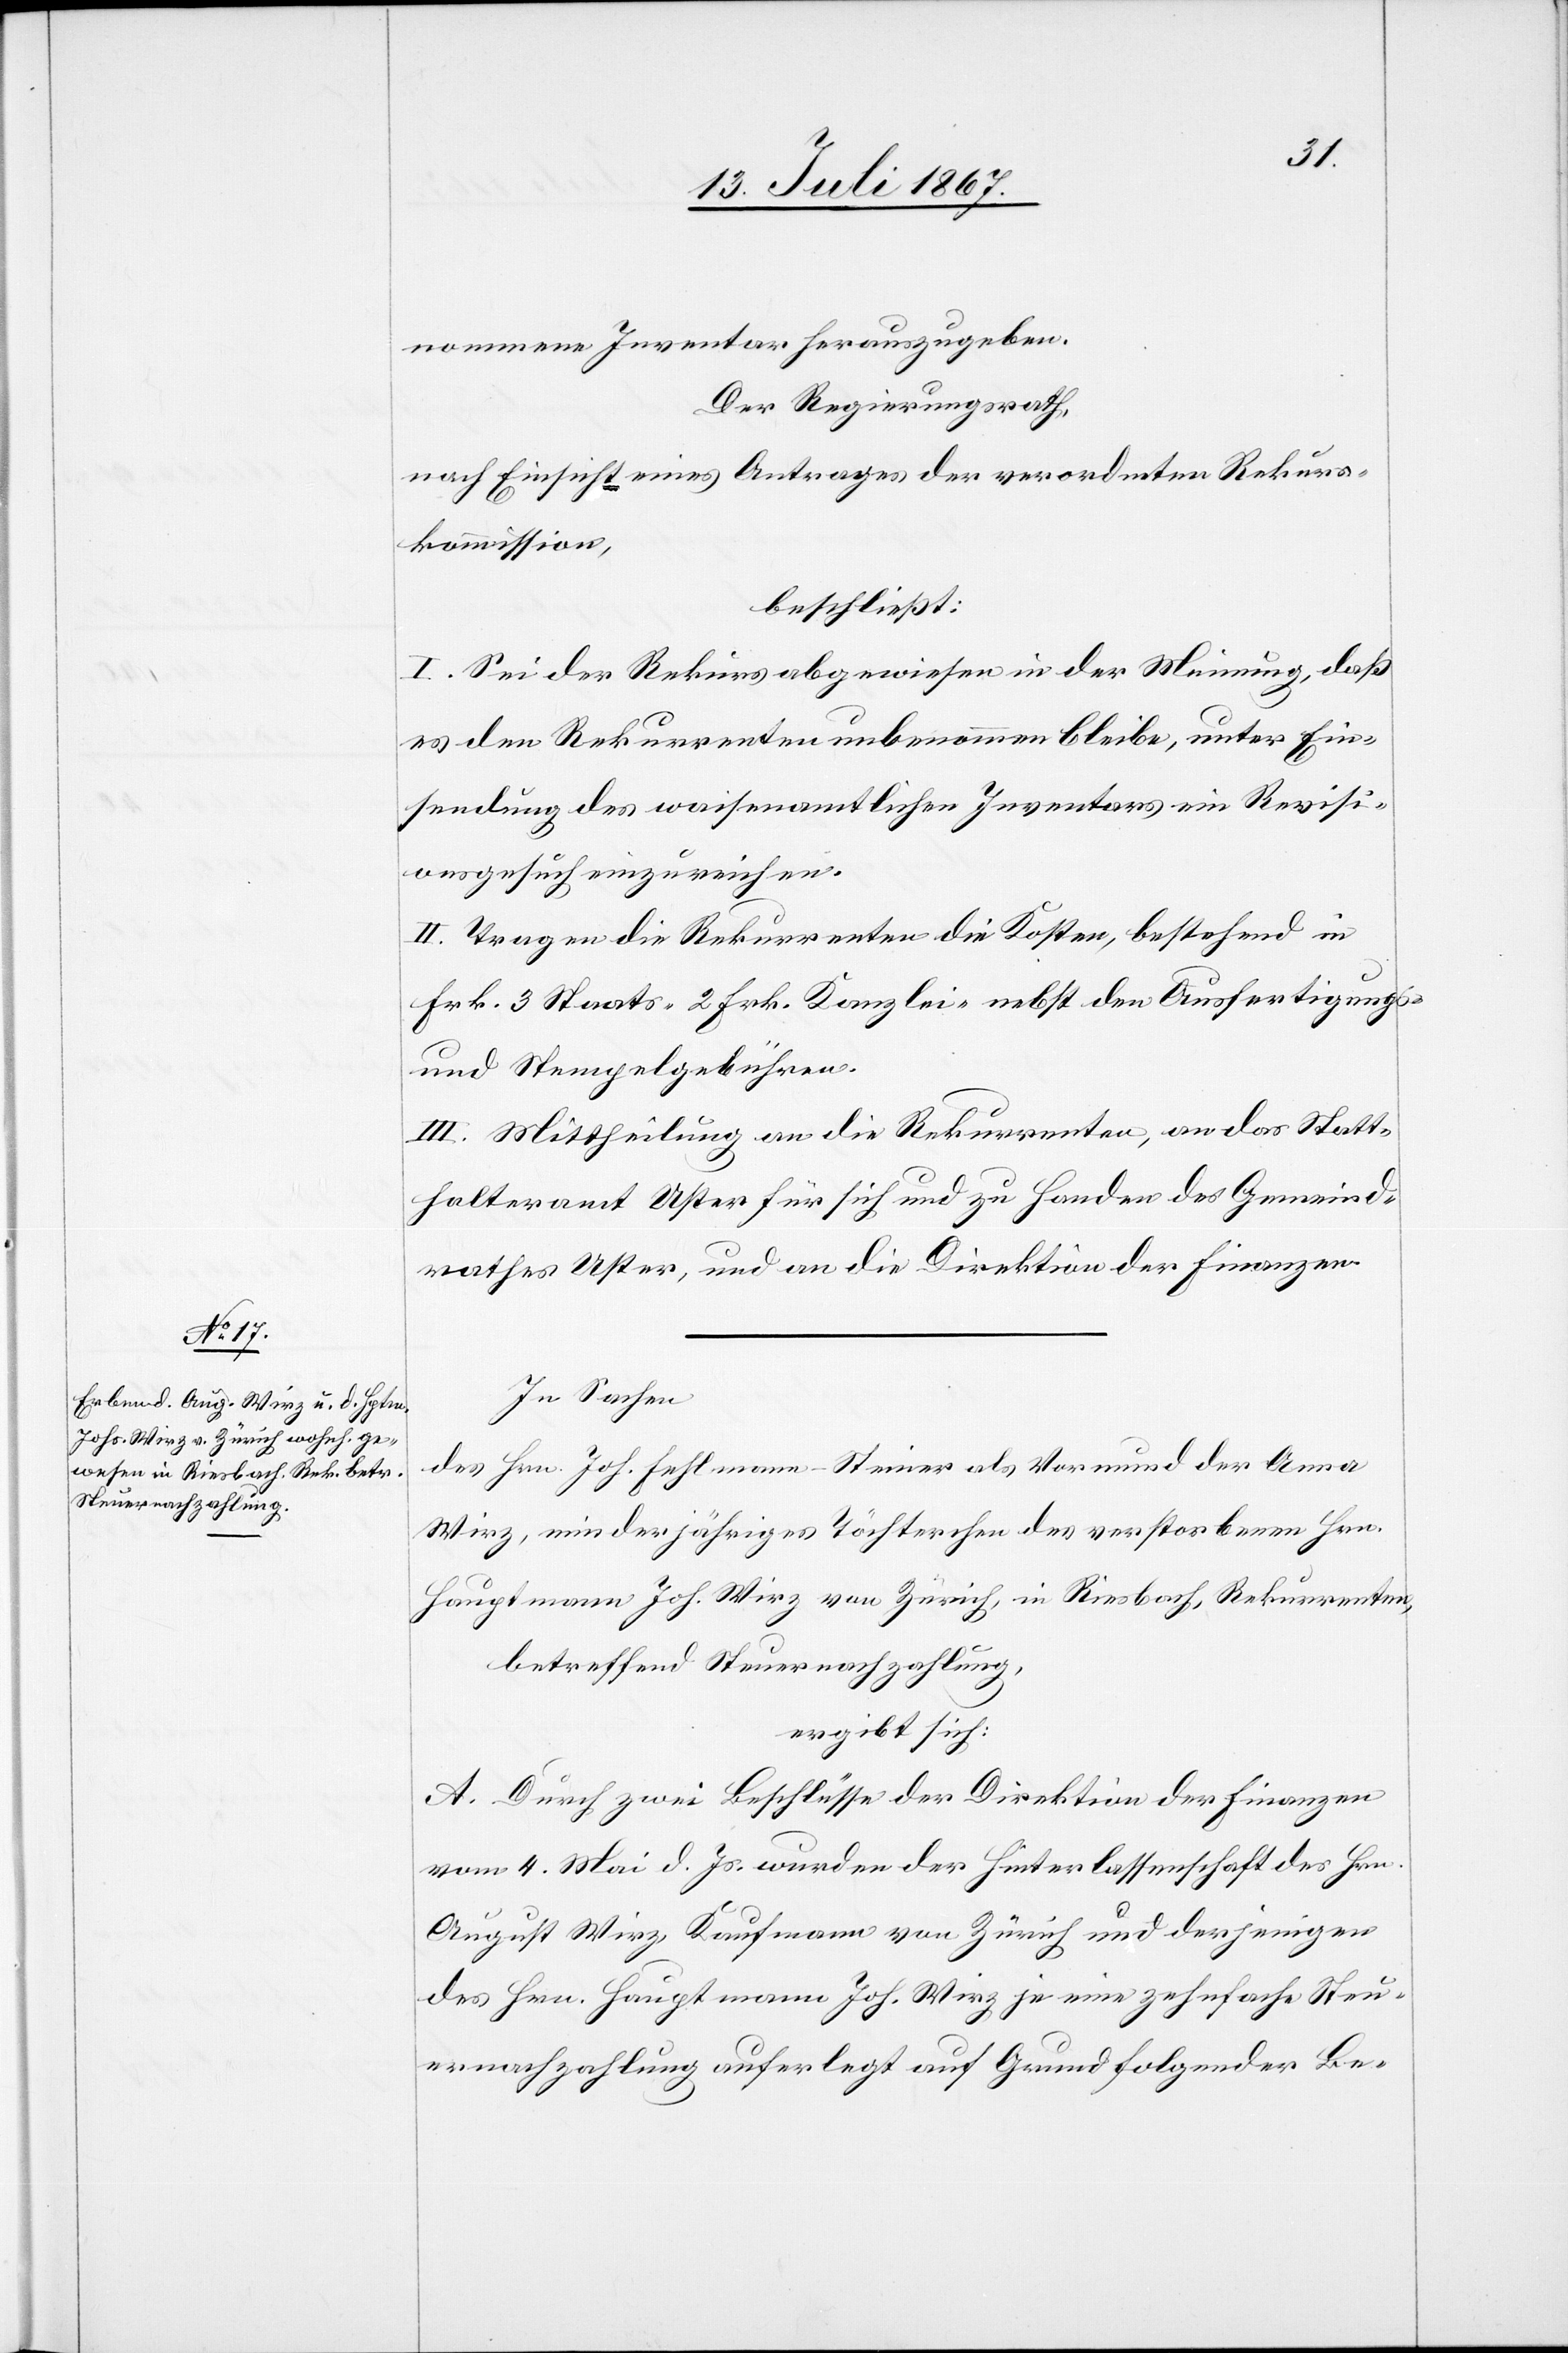
nommene Inventar herauszugeben.
Der Regierungsrath,
nach Einsicht eines Antrages der verordneten Rekurs¬
kommission,
beschließt:
I. Sei der Rekurs abgewiesen in der Meinung, daß
es den Rekurrenten unbenommen bleibe, unter Ein¬
sendung des waisenamtlichen Inventars ein Revisi¬
onsgesuch einzureichen.
II. Tragen die Rekurrenten die Kosten, bestehend in
Frk. 3 Staats-[,] 2 Frk. Kanzlei- nebst den Ausfertigungs
und Stempelgebühren.
III. Mittheilung an die Rekurrenten, an das Statt¬
halteramt Uster für sich und zu Handen des Gemeind¬
rathes Uster, und an die Direktion der Finanzen.
In Sachen
des Hrn. Joh. Fehlmann-Steiner als Vormund der Anna
Wirz, minderjähriges Töchterchen des verstorbenen Hrn.
Hauptmann Joh. Wirz von Zürich, in Riesbach, Rekurrenten,
betreffend Steuernachzahlung,
ergibt sich:
A. Durch zwei Beschlüsse der Direktion der Finanzen
vom 4. Mai d. Js. wurden der Hinterlassenschaft des Hrn.
Steuernachzahlung auferlegt auf Grund folgender Be-